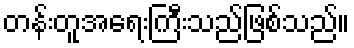
တန်းတူအရေးကြီးသည်ဖြစ်သည်။